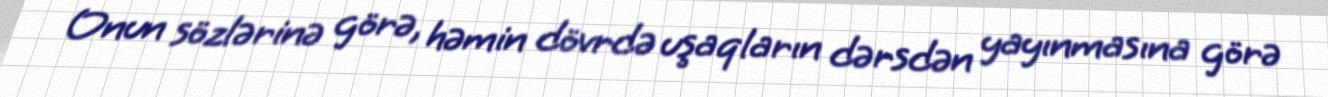
Onun sözlərinə görə, həmin dövrdə uşaqların dərsdən yayınmasına görə